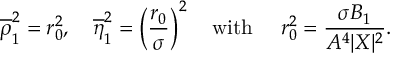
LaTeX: \overline { { { \rho } } } _ { 1 } ^ { 2 } = r _ { 0 } ^ { 2 } , \quad \overline { { { \eta } } } _ { 1 } ^ { 2 } = \left( \frac { r _ { 0 } } { \sigma } \right) ^ { 2 } \quad \mathrm { w i t h } \quad \, \, r _ { 0 } ^ { 2 } = \frac { \sigma B _ { 1 } } { A ^ { 4 } | X | ^ { 2 } } .